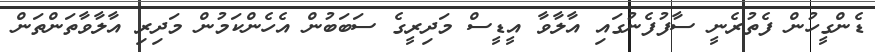
ޑެންގީހުން ފެތުރެނީ ސާފުފެނުގައި އާލާވާ އީޑީސް މަދިރީގެ ސަބަބުން އެހެންކަމުން މަދިރި އާލާވާތަންތަން